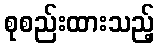
စုစည်းထားသည့်